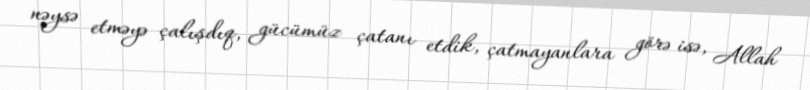
nəysə etməyə çalışdıq, gücümüz çatanı etdik, çatmayanlara görə isə, Allah